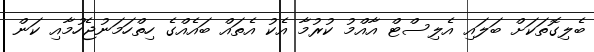
ބެލިގޮތަކަށް ބަލައި އެލިސްޓް އާއްމު ކުރުމާ އެކު އެތައް ބައެއްގެ ހިތްހަމަނުޖެހުމާއި ކަން